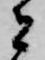
者